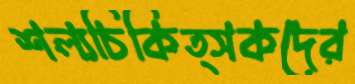
শল্যচিকিত্সকদের